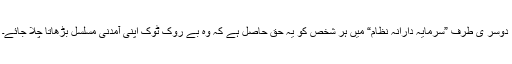
دوسر ی طرف ”سرمایہ دارانہ نظام“ میں ہر شخص کو یہ حق حاصل ہے کہ وہ بے روک ٹوک اپنی آمدنی مسلسل بڑھاتا چلا جائے۔